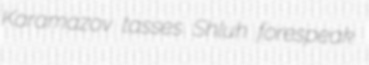
Karamazov tasses Shluh forespeak